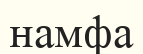
намфа